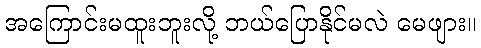
အကြောင်းမထူးဘူးလို့ ဘယ်ပြောနိုင်မလဲ မေဖျား။